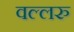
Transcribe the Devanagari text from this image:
वल्लरु